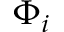
\Phi _ { i }